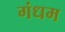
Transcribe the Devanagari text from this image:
गंधम